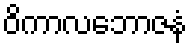
ဝိကာလဘောဇနံ